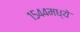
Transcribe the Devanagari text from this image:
१५४४मध्ये